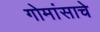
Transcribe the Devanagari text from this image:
गोमांसाचे